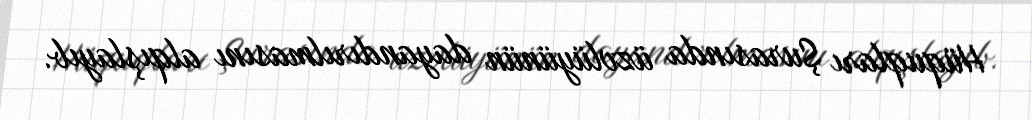
Hüquqları Şurasında üzvlüyünün dayandırılmasını alqışlayıb.